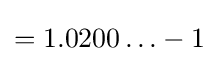
=1.0200\ldots -1